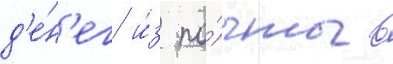
д'е́н'ег и́з по́чты в